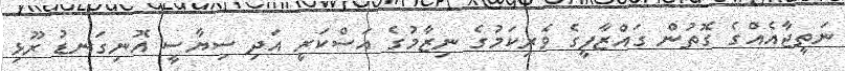
ނަތީޖާއެއްގެ ގޮތުން ގައްޒާފީގެ ވެރިކަމުގެ ނިޒާމުގެ އަސްކަރީ އަދި ސިޔާސީ އޮނިގަނޑު ރޫޅި